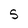
Character: S